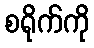
စရိုက်ကို